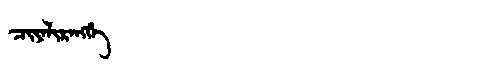
Manchu: ᠴᡳᠶᠠᠯᡳᡵᠠᠩᡤᡝ
Romanization: CIYALIRANGGE